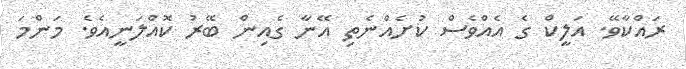
ރައްކާވޭ. އަލީކް ގެ އެއްވެސް ކުށެއްނެތި އޭނާ ގެއިން ބޭރު ކޮއްލަނީއެވެ. މަންމަ